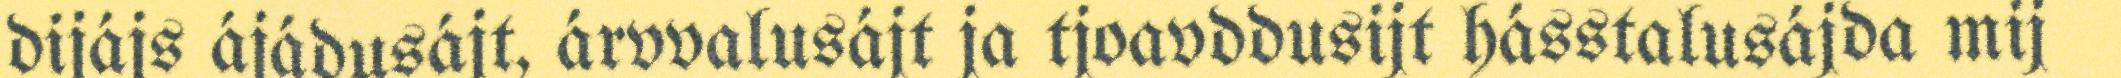
dijájs ájádusájt, árvvalusájt ja tjoavddusijt hásstalusájda mij